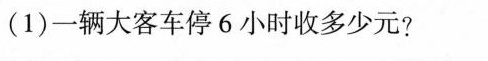
(1)一辆大客车停6小时收多少元?